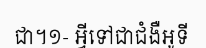
ជា។១- អ្វីទៅជាជំងឺអូទី